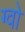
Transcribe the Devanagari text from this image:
ग्वो